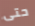
حتى